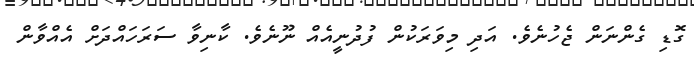
ގޮޑި ގެންނަން ޖެހުނެވެ. އަދި މިވަރަކުން ފުދުނީއެއް ނޫނެވެ. ކާނިވާ ސަރަހައްދަށް އެއްވާން